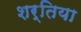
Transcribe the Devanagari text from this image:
शर्तिया